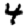
Digit: 4